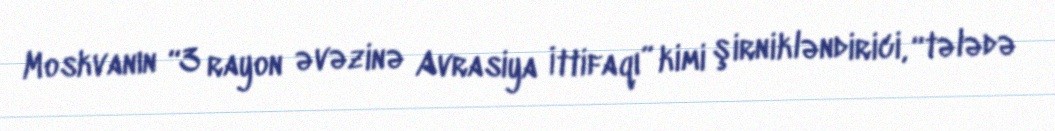
Moskvanın “3 rayon əvəzinə Avrasiya İttifaqı” kimi şirnikləndirici, “tələdə